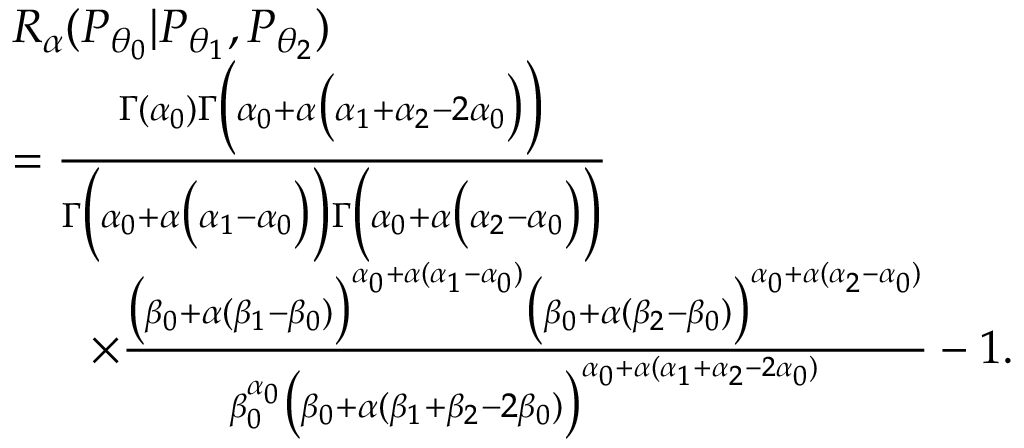
\begin{array} { r l } & { { R _ { \alpha } } ( P _ { \theta _ { 0 } } | P _ { \theta _ { 1 } } , P _ { \theta _ { 2 } } ) } \\ & { = \frac { \Gamma ( \alpha _ { 0 } ) \Gamma \Big ( \alpha _ { 0 } + \alpha \big ( \alpha _ { 1 } + \alpha _ { 2 } - 2 \alpha _ { 0 } \big ) \Big ) } { \Gamma \Big ( \alpha _ { 0 } + \alpha \big ( \alpha _ { 1 } - \alpha _ { 0 } \big ) \Big ) \Gamma \Big ( \alpha _ { 0 } + \alpha \big ( \alpha _ { 2 } - \alpha _ { 0 } \big ) \Big ) } } \\ & { \quad \ \ \times \frac { \big ( \beta _ { 0 } + \alpha ( \beta _ { 1 } - \beta _ { 0 } ) \big ) ^ { \alpha _ { 0 } + \alpha ( \alpha _ { 1 } - \alpha _ { 0 } ) } \big ( \beta _ { 0 } + \alpha ( \beta _ { 2 } - \beta _ { 0 } ) \big ) ^ { \alpha _ { 0 } + \alpha ( \alpha _ { 2 } - \alpha _ { 0 } ) } } { \beta _ { 0 } ^ { \alpha _ { 0 } } \big ( \beta _ { 0 } + \alpha ( \beta _ { 1 } + \beta _ { 2 } - 2 \beta _ { 0 } ) \big ) ^ { \alpha _ { 0 } + \alpha ( \alpha _ { 1 } + \alpha _ { 2 } - 2 \alpha _ { 0 } ) } } - 1 . } \end{array}